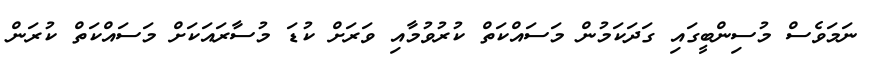
ނަމަވެސް މުސިންބީގައި ގަދަކަމުން މަސައްކަތް ކުރުވުމާއި ވަރަށް ކުޑަ މުސާރައަކަށް މަސައްކަތް ކުރަން